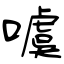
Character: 噳